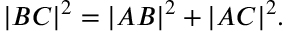
| B C | ^ { 2 } = | A B | ^ { 2 } + | A C | ^ { 2 } .